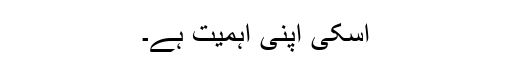
اسکی اپنی اہمیت ہے۔